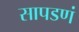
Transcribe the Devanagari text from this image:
सापडणं